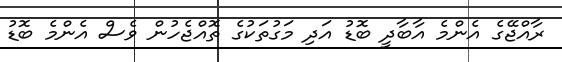
ރާއްޖޭގެ އެންމެ އާބާދީ ބޮޑު އަދި މަގުތަކުގެ ތޮއްޖެހުން ވެސް އެންމެ ބޮޑު